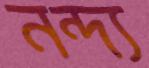
নন্দ্য